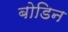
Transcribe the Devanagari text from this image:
बोडिन